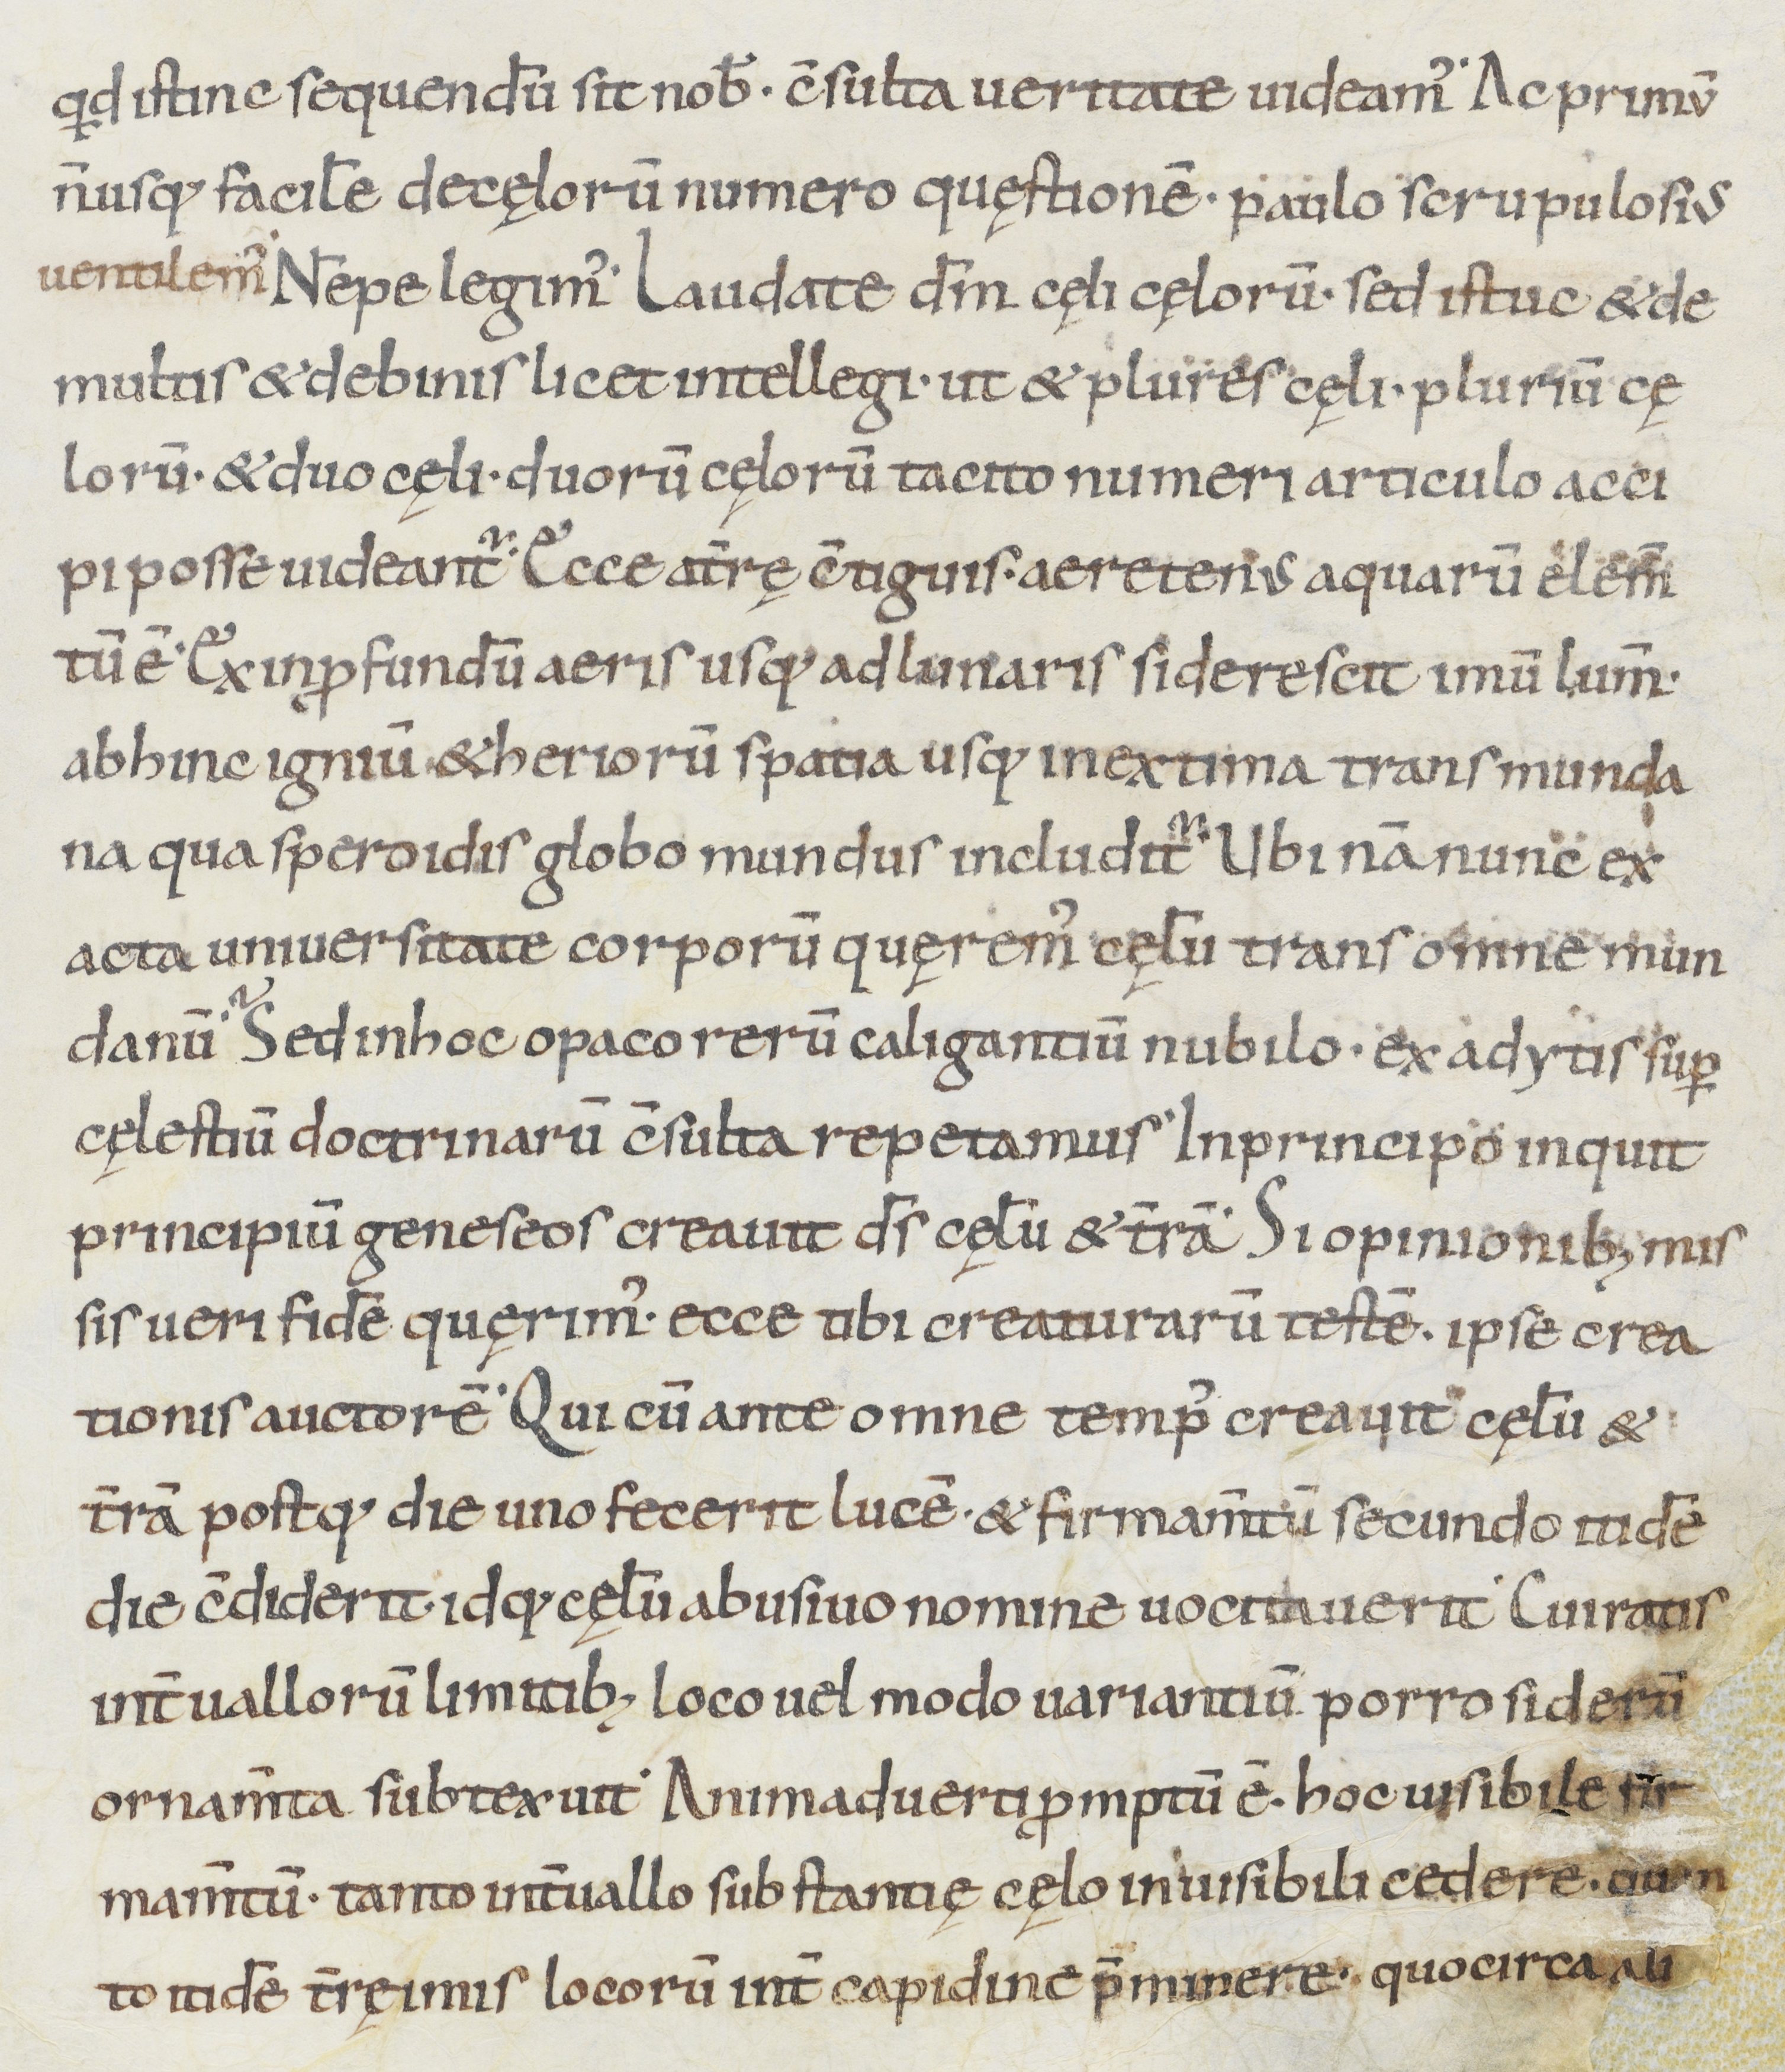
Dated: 900–999